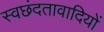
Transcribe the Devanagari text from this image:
स्वछंदतावादियों